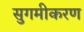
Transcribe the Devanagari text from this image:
सुगमीकरण